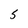
Character: S